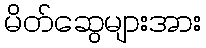
မိတ်ဆွေများအား